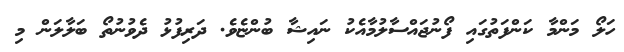
ހަލޯ މަންމާ ކަންފަތުގައި ފޯނުޖައްސާލުމާއެކު ނައިޝާ ބުންޏެވެ. ދަރިފުޅު ދެވުނުތޯ ބަލާލަން މި